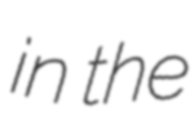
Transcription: in the